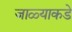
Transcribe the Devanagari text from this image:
जाळ्याकडे